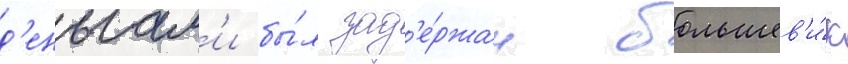
д'еньгам'и бы́л зад'е́ржан большев'и́к